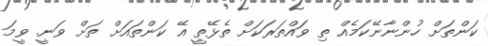
ކަންތަށް ހުންނާނޭކަމެއް ތި ވައްތަރަކަށް ތެޅޭތީ އޭ ކަންތައަށް ތަށް ވަނީ. ވީމަ